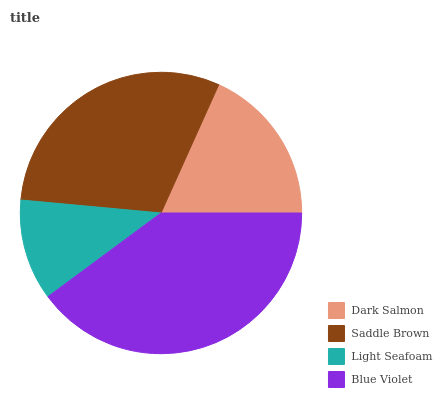
| Dark Salmon | Saddle Brown | Light Seafoam | Blue Violet |
 | --- | --- | --- | --- |
 | 18.3% | 30.3% | 11.6% | 39.8% |